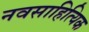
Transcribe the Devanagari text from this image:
नवसाहित्यिक